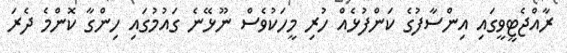
ރާއްޖެޓީވީގައި އިންސާފުގެ ކަންފުޅެއް ހުރި މީހަކުވެސް ނޫޅޭނެ ގައުމުގައި ހިންގާ ކޮންމެ ދެރަ